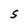
Character: S